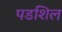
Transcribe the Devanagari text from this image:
पडशिल